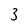
Character: 3